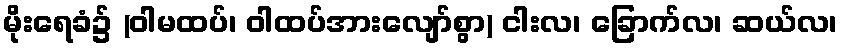
မိုးရေခံ၌ (ဝါမထပ်၊ ဝါထပ်အားလျော်စွာ) ငါးလ၊ ခြောက်လ၊ ဆယ်လ၊